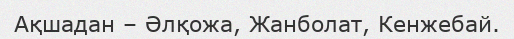
Ақшадан – Әлқожа, Жанболат, Кенжебай.